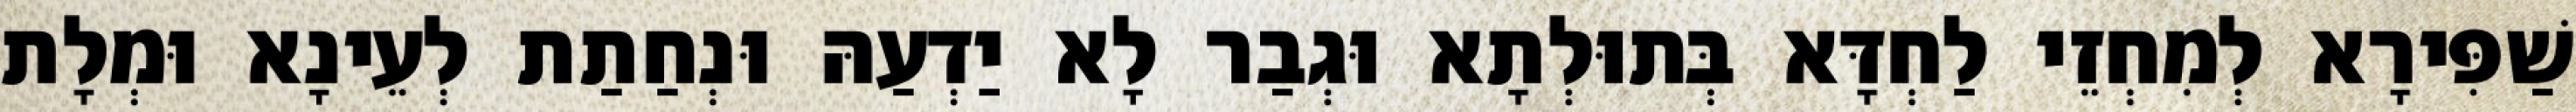
שַׁפִּירָא לְמִחְזֵי לַחְדָּא בְּתוּלְתָא וּגְבַר לָא יַדְעַהּ וּנְחַתַת לְעֵינָא וּמְלָת